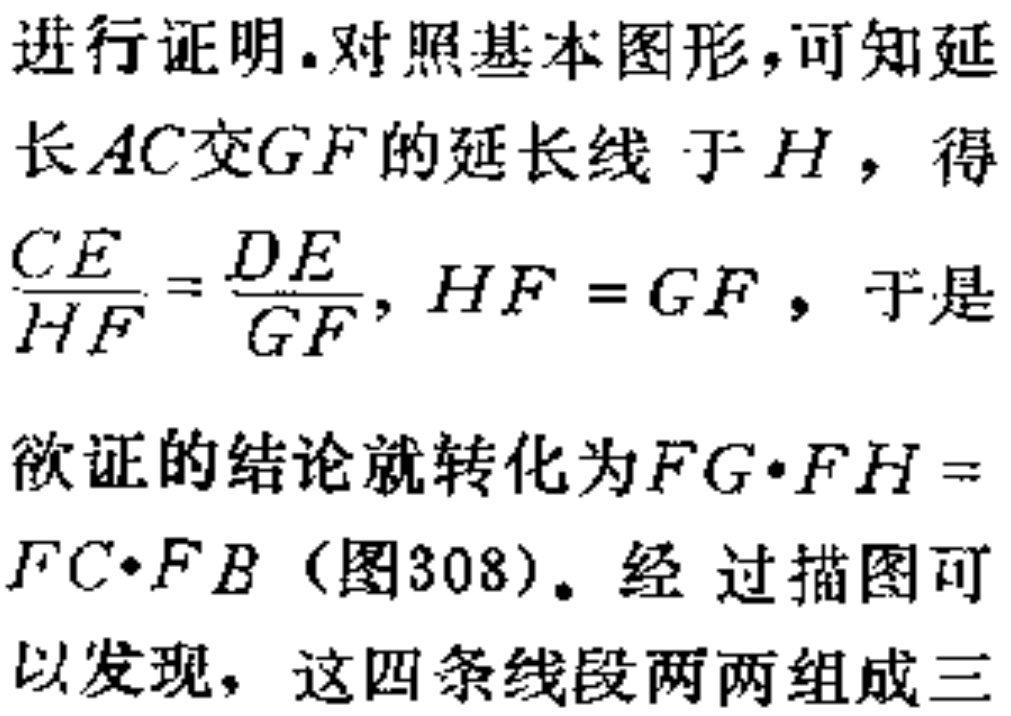
进行证明. 对照基本图形, 可知延长$AC$交$GF$的延长线于$H$，得$\frac{CE}{HF}=\frac{DE}{GF}, HF = GF$，于是欲证的结论就转化为$FG\cdot FH = FC\cdot FB$（图308）. 经过描图可以发现，这四条线段两两组成三